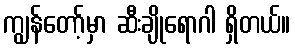
ကျွန်တော့်မှာ ဆီးချိုရောဂါ ရှိတယ်။